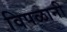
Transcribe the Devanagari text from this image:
विपळानी